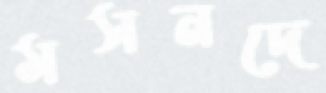
মসনদে